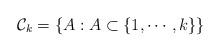
LaTeX: \begin{align*}\mathcal{C}_{k}=\{A : A\subset\{1,\cdots, k\} \}\end{align*}